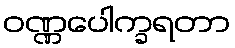
ဝဏ္ဏပေါက္ခရတာ